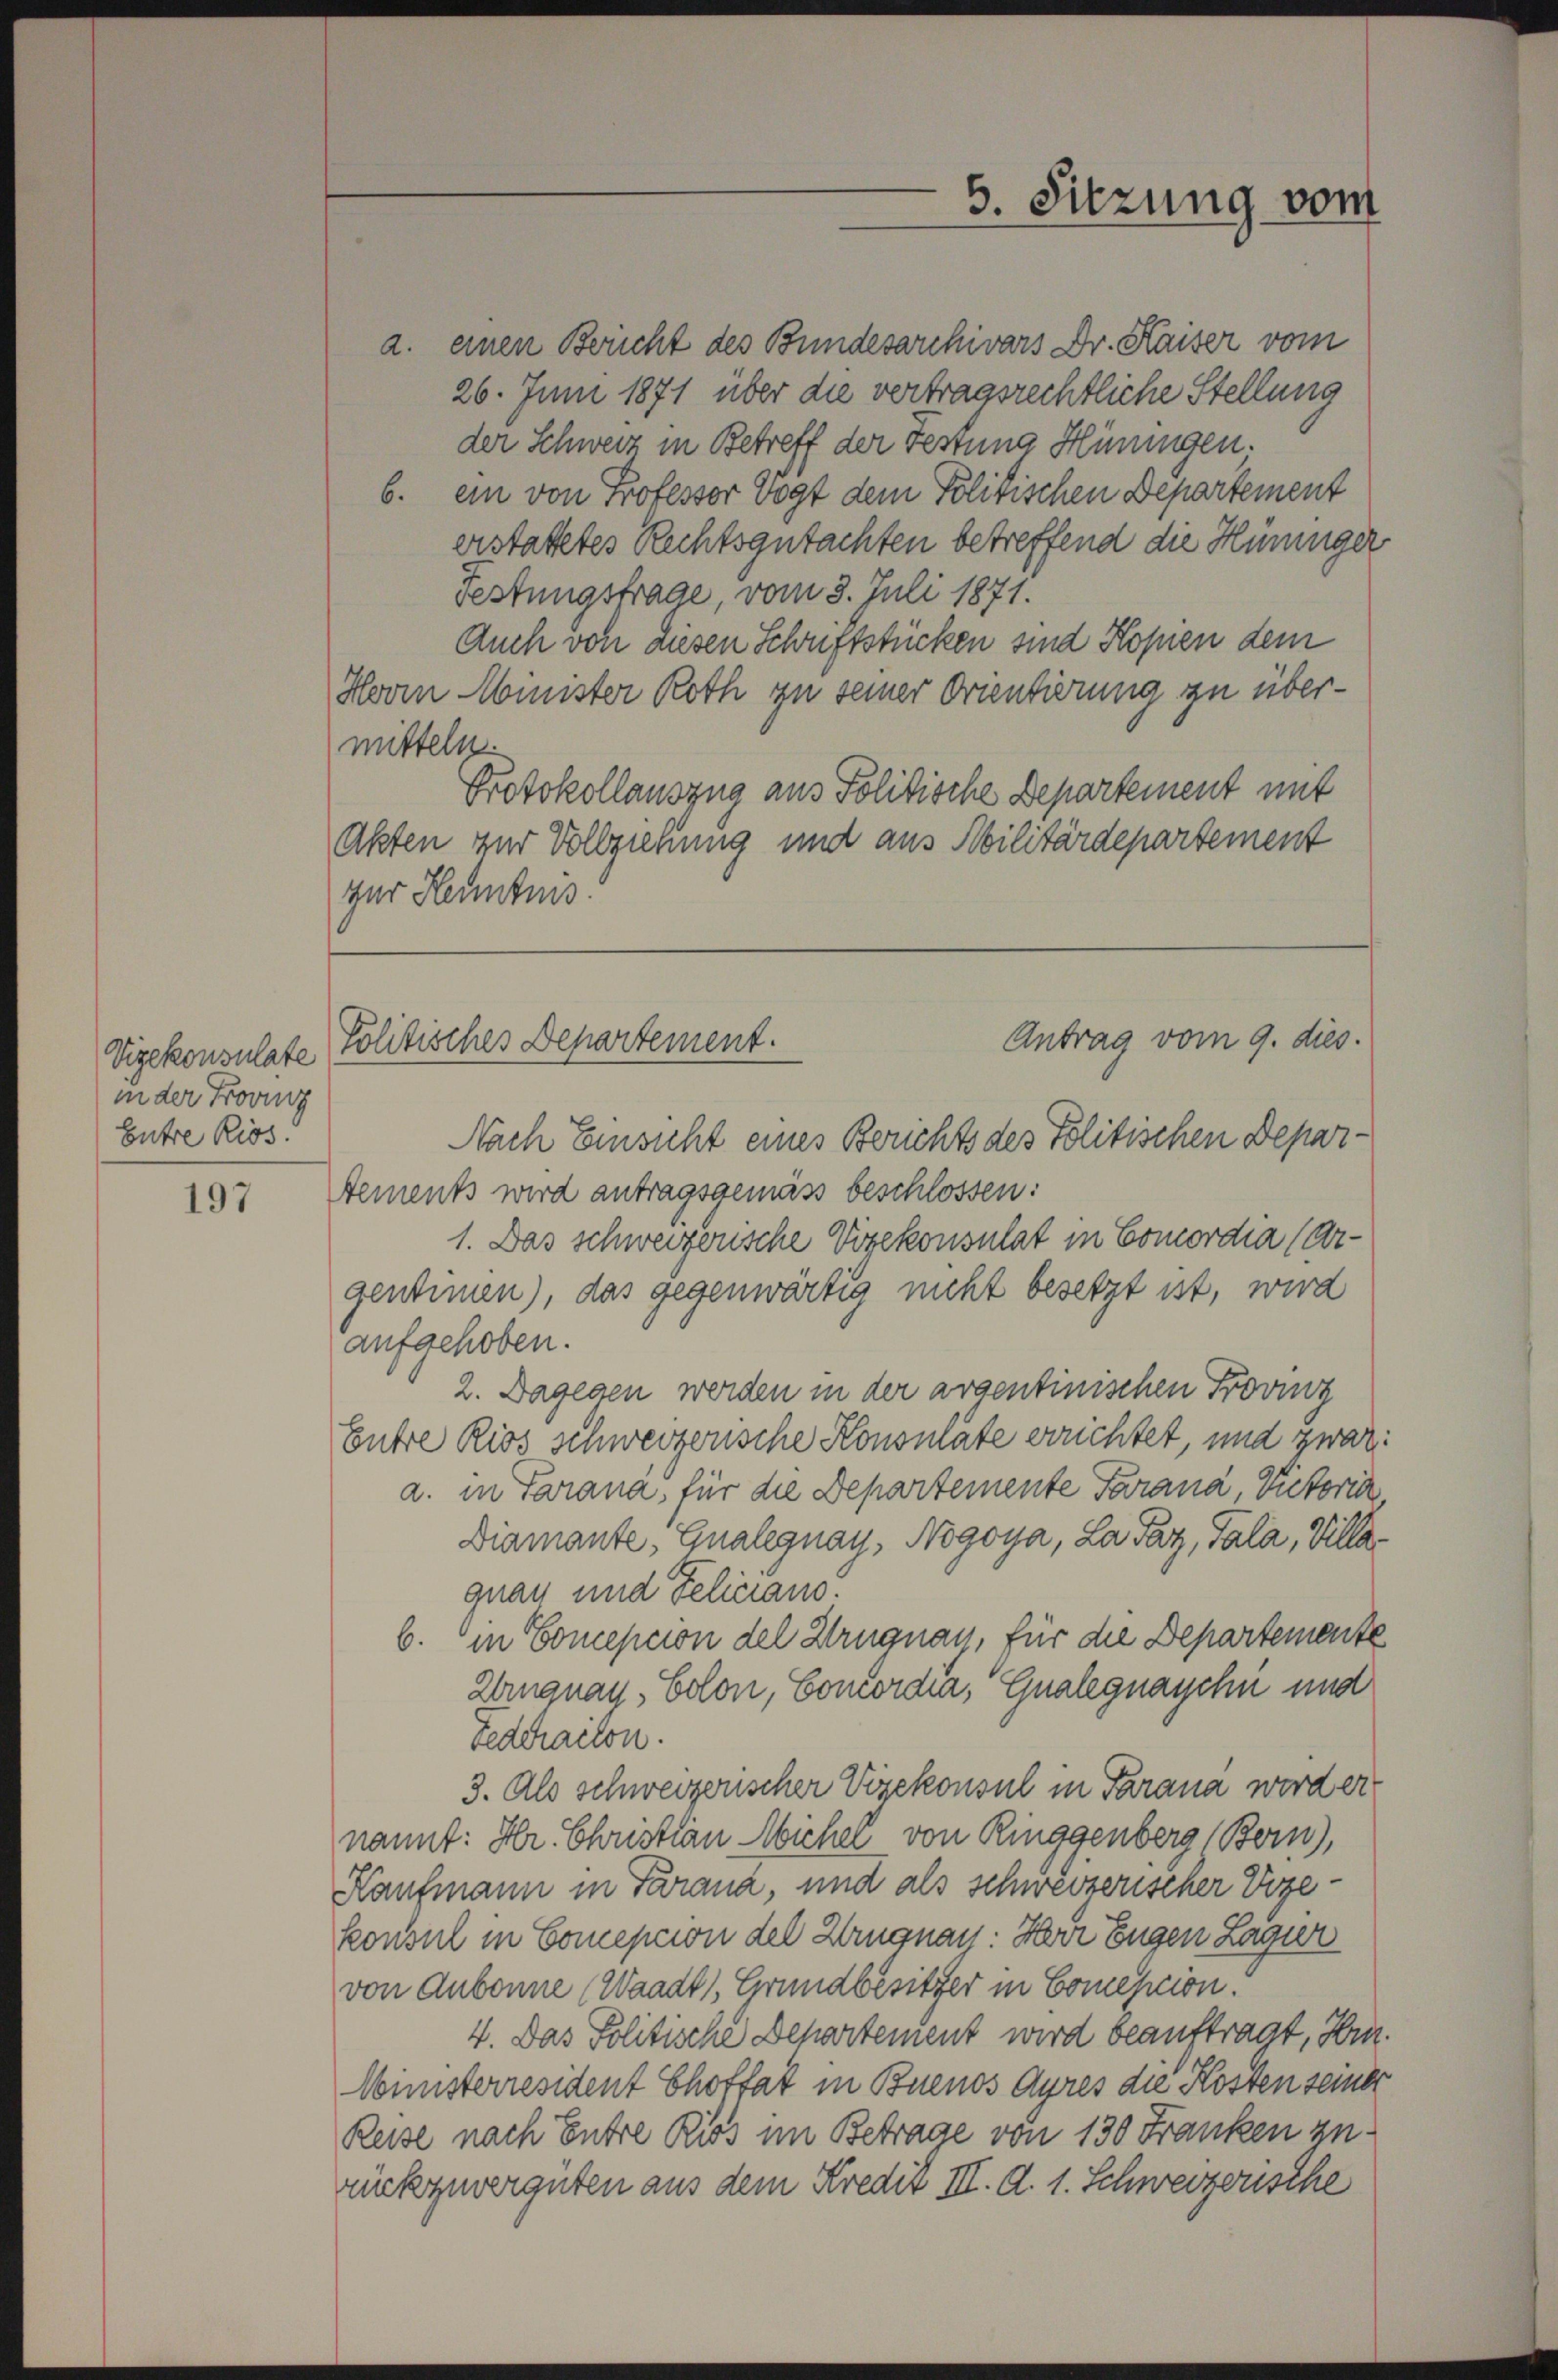
Vizekonsulate
in der Frovinz
Entre Rios.

197

a. einen Bericht des Bundesarchivars Dr. Kaiser vom
26. Juni 1871 über die vertragsrechtliche Stellung
der Schweiz in Betreff der Festung Hüningen.
b. ein von Professor Vogt dem Politischen Departement
erstattetes Rechtsgutachten betreffend die Hüninger
Festungsfrage, vom 3. Juli 1871.
Auch von ausen Schriftstücken sind Kopien dem
Hovin Minister Roth zu seiner Orientierung zu übermitteln.
Protokollauszug aus Politische Departement mit
Akten zur Vollziehung und aus Militärdepartement
zur Kenntnis.

Nach Einsicht eines Berichts des Politischen Departements wird antragsgemäß beschlossen:
1. Das schweizerische Vizekonsulat in Comordia (Argentimen), das gegenwärtig nicht besetzt ist, wird
aufgehoben.
2. Dagegen werden in der argentinischen Provinz
Guhre Rios schweizerische Konsulate errichtet, und zwar:
a. in Parana, für die Departemente Parana, Victoria
Diamante, Gualegnay, Nogoya, La Paz, Pala, Villaquay und Feliciano.
b. in Conception del Kruguay, für die Departemente
Zingnau, Colon, Concordia, Gualegnaychn und
Fedcrailon.
3. Als schweizerischer Vizekonsul in Parana worder
nannt: Hr. Christian Micher von Ringgenberg Bern),
Kaufmann in Tarana, und als schweizerischer Vize-
konsul in Comepcion del Zingnau: Herr Eugen Lager
von Aubonne (Waadt, Grundbesitzer in Comession.
4. Das Politische Departement wird beauftragt, Hrn.
Ministerresident Choftat in Buenos Ayres die Kosten seiner
Reise nach Entre Riss im Betrage von 130 Franken zu.
rückzuwergüten aus dem Kredit III. d. 1. Schweizerische

5. Sitzung vom

Antrag vom 9. dies.
Politisches Departement.